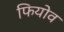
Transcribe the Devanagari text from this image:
फियोव